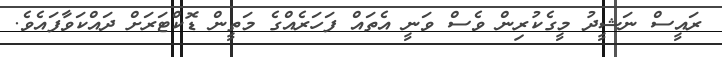
ރައީސް ނަޝީދު މީގެކުރިން ވެސް ވަނީ އެތައް ފަހަރެއްގެ މަތީން ޑޮކްޓަރަށް ދައްކަވާފައެވެ.